Civil Veterinary Dept. North-West Frontier Province 1933-46 - 1933-1946
Year: 1933
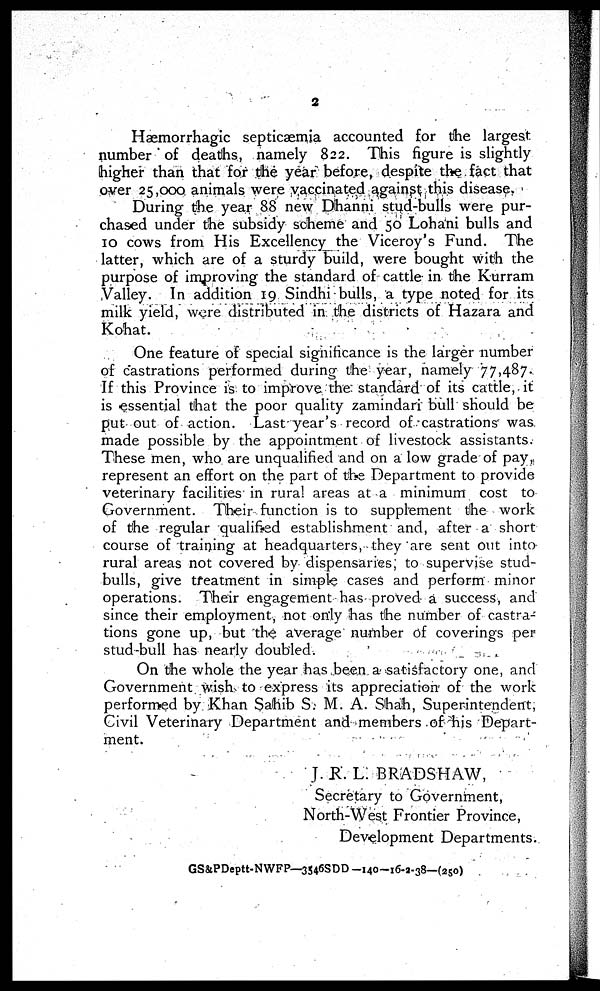
2
Hæmorrhagic septicæmia accounted for the largest
number of deaths, namely 822. This figure is slightly
higher than that for the year before, despite the fact that
over 25 ,000 animals were vaccinated against this disease.
During the year 88 new Dhanni stud-bulls were pur-
chased under the subsidy scheme and 50 Lohani bulls and
10 cows from His Excellency the Viceroy's Fund. The
latter, which are of a sturdy build, were bought with the
purpose of improving the standard of cattle in the Kurram
Valley. In addition 19 Sindhi bulls, a type noted for its
milk yield, were distributed in the districts of Hazara and
Kohat.
One feature of special significance is the larger number
of castrations performed during the year, namely 77,487.
If this Province is to improve the standard of its cattle, it
is essential that the poor quality zamindari bull should be
put out of action. Last year's record of castrations was
made possible by the appointment of livestock assistants.
These men, who are unqualified and on a low grade of pay,
represent an effort on the part of the Department to provide
veterinary facilities in rural areas at a minimum cost to
Government. Their function is to supplement the work
of the regular qualified establishment and, after a short
course of training at headquarters, they are sent out into-
rural areas not covered by dispensaries; to supervise stud-
bulls, give treatment in simple cases and perform minor
operations. Their engagement has proved a success, and
since their employment, not only has the number of castra-
tions gone up, but the average number of coverings per
stud-bull has nearly doubled.
On the whole the year has been a satisfactory one, and
Government wish to express its appreciation of the work
performed by Khan Sahib S. M. A. Shah, Superintendent,
Civil Veterinary Department and members of his Depart-
ment.
J. R. L. BRADSHAW,
Secretary to Government,
North-West Frontier Province,
Development Departments.
GS&PDeptt-NWFP—3546SDD -140-16-2-38—(250)